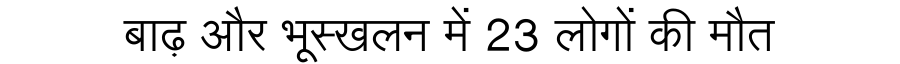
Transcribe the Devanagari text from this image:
बाढ़ और भूस्खलन में 23 लोगों की मौत